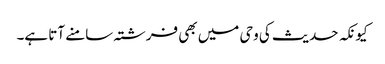
کیونکہ حدیث کی وحی میں بھی فرشتہ سامنے آتا ہے۔